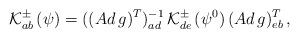
LaTeX: \begin{align*}{\cal K}_{ab} ^{\pm} \,(\psi) = ((Ad \,g)^T)^{-1}_{ad} \,{\cal K}_{de} ^{\pm} \,(\psi^0)\,(Ad \, g)^T _{eb} \,,\end{align*}